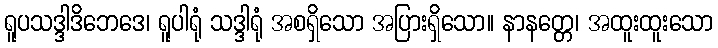
ရူပသဒ္ဒါဒိဘေဒေ၊ ရူပါရုံ သဒ္ဒါရုံ အစရှိသော အပြားရှိသော။ နာနတ္တေ၊ အထူးထူးသော